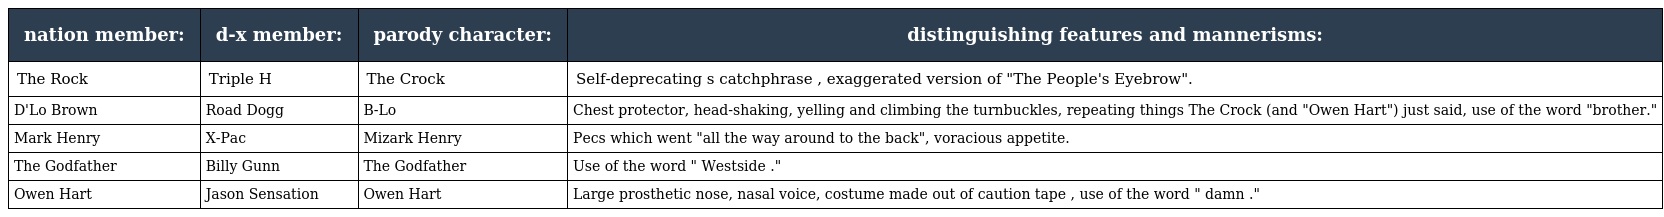
| nation member: | d-x member: | parody character: | distinguishing features and mannerisms: |
 | --- | --- | --- | --- |
 | The Rock | Triple H | The Crock | Self-deprecating s catchphrase , exaggerated version of "The People's Eyebrow". |
 | D'Lo Brown | Road Dogg | B-Lo | Chest protector, head-shaking, yelling and climbing the turnbuckles, repeating things The Crock (and "Owen Hart") just said, use of the word "brother." |
 | Mark Henry | X-Pac | Mizark Henry | Pecs which went "all the way around to the back", voracious appetite. |
 | The Godfather | Billy Gunn | The Godfather | Use of the word " Westside ." |
 | Owen Hart | Jason Sensation | Owen Hart | Large prosthetic nose, nasal voice, costume made out of caution tape , use of the word " damn ." |